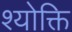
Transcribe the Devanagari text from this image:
श्योक्ति